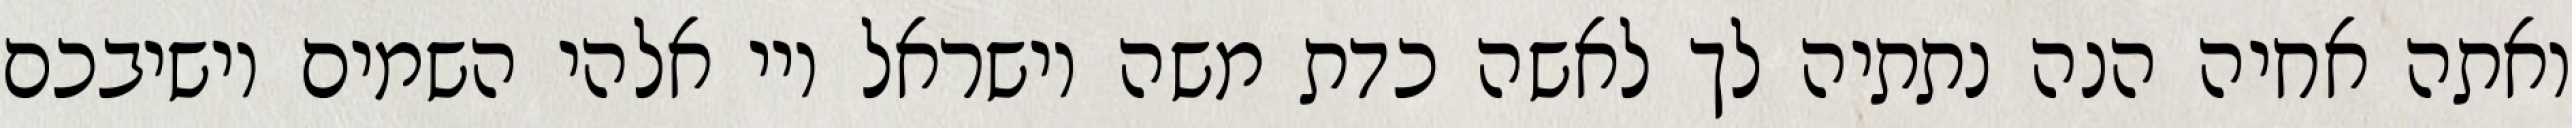
ואתה אחיה הנה נתתיה לך לאשה כדת משה וישראל ויי אלהי השמים יושיבכם